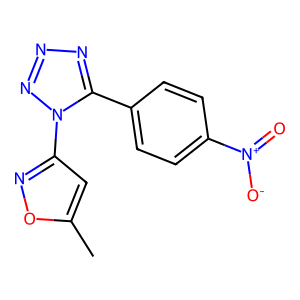
SMILES: Cc1cc(-n2nnnc2-c2ccc([N+](=O)[O-])cc2)no1
Inhibits HIV replication: No